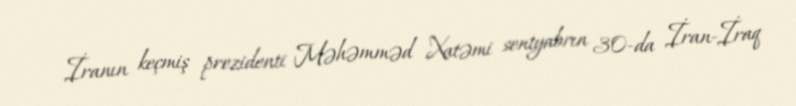
İranın keçmiş prezidenti Məhəmməd Xatəmi sentyabrın 30-da İran-İraq